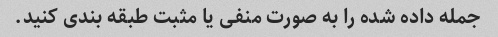
جمله داده شده را به صورت منفی یا مثبت طبقه بندی کنید.